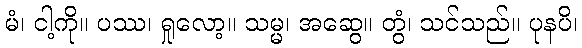
မံ၊ ငါ့ကို။ ပဿ၊ ရှုလော့။ သမ္မ၊ အဆွေ။ တွံ၊ သင်သည်။ ပုနပိ၊